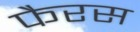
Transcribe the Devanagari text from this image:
फैरस